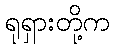
ရုရှားတို့က